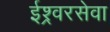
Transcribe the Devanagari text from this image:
ईश्र्वरसेवा